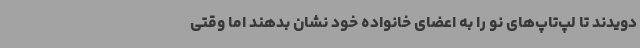
دویدند تا لپ‌تاپ‌های نو را به اعضای خانواده خود نشان بدهند اما وقتی